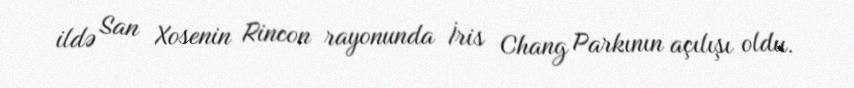
ildə San Xosenin Rincon rayonunda İris Chang Parkının açılışı oldu.